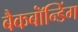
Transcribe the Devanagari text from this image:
बैकबॉंन्डिंग